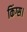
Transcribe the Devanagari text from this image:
किंग्स।